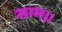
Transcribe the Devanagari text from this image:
साम।।